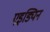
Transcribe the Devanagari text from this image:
एइड्यिन